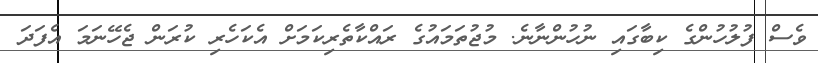
ވެސް ފުލުހުންގެ ކިބާގައި ނުހުންނާނެ. މުޖުތަމައުގެ ރައްކާތެރިކަމަށް އެކަހެރި ކުރަން ޖެހޭނަމަ އެފަދަ